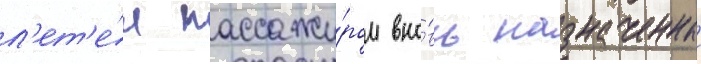
л'ет'е́л пассажи́ром вно́вь назначенныи